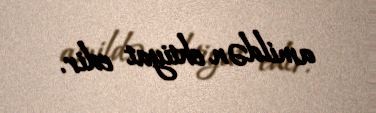
amildən ehtiyat edir.